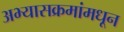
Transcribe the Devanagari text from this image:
अभ्यासक्रमांमधून